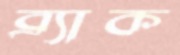
ব্র্যাক